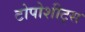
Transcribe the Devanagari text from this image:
टोपोशीट्स